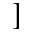
]